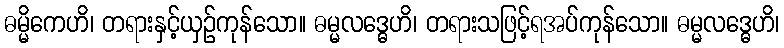
ဓမ္မိကေဟိ၊ တရားနှင့်ယှဉ်ကုန်သော။ ဓမ္မလဒ္ဓေဟိ၊ တရားသဖြင့်ရအပ်ကုန်သော။ ဓမ္မလဒ္ဓေဟိ၊